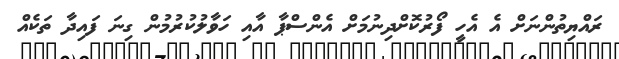
ރައްޔިތުންނަށް އެ އެހީ ފޯރުކޮށްދިނުމަށް އެންސްޕާ އާއި ހަވާލުކުރުމުން ގިނަ ފައިދާ ތަކެއް